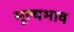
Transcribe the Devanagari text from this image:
मूल्यभाव